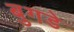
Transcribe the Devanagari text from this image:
बुगडे